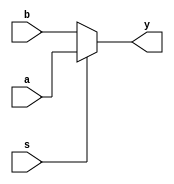
module twoone_behav(a,b,s,y);
input a,b,s;
output reg y;
always@(*)
begin
if (s)
y=a;
else
y=b;
end
endmodule